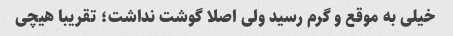
خیلی به موقع و گرم رسید ولی اصلا گوشت نداشت؛ تقریبا هیچی